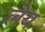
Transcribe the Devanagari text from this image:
लेय